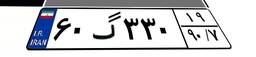
۶۰گ۳۳۰۱۹